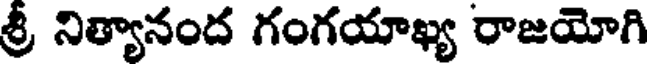
శ్రీ నిత్యానంద గంగయాఖ్య రాజయోగి